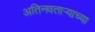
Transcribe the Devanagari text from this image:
अतिनवताऱ्याच्या